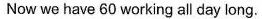
Now we have 60 working all day long.